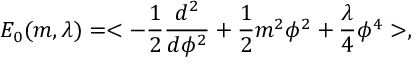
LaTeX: E _ { 0 } ( m , \lambda ) = < - { \frac { 1 } { 2 } } { \frac { d ^ { 2 } } { d \phi ^ { 2 } } } + { \frac { 1 } { 2 } } m ^ { 2 } \phi ^ { 2 } + \frac { \lambda } { 4 } \phi ^ { 4 } > ,